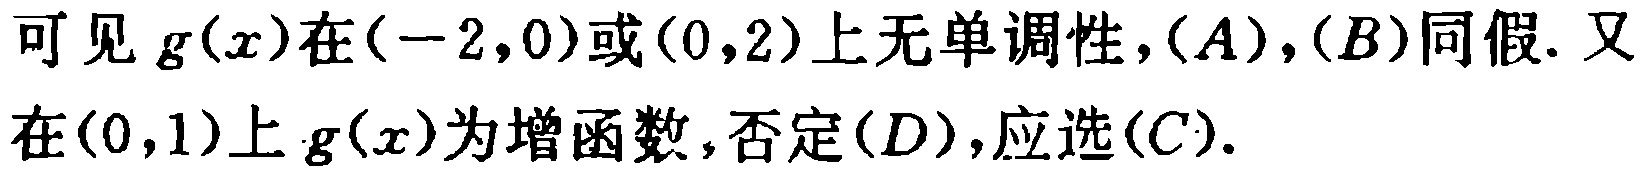
可见 \(g(x)\)在\((-2,0)\)或\((0,2)\)上无单调性，\((A)\)，\((B)\)同假. 又在\((0,1)\)上 \(g(x)\)为增函数，否定\((D)\)，应选\((C)\).